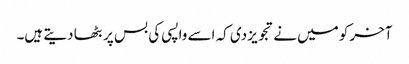
آخر کو میں نے تجویز دی کہ اسے واپسی کی بس پر بٹھا دیتے ہیں۔